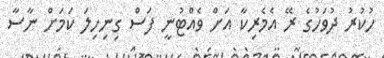
ހުކުރު ދުވަހުގެ ރޭ އެމެރިކާ އަށް ވެއްޓުނީ ފަސް ގިނިހިލަ ކަމަށް ނާސާ